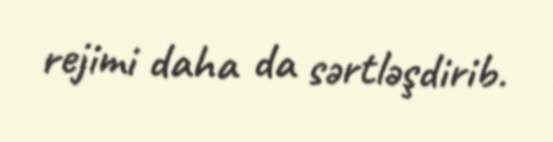
rejimi daha da sərtləşdirib.